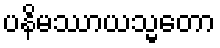
ပနိမဿာယသ္မတော